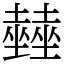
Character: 𡓨